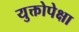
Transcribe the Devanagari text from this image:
युक्तोपेक्षा